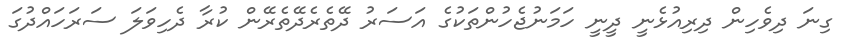
ގިނަ ދިވެހިން ދިރިއުޅެނީ ދީނީ ހަމަނުޖެހުންތަކުގެ އަސަރު ދޭތެރެދޭތެރޭން ކުރާ ދެހިވަލަ ސަރަހައްދުގަ